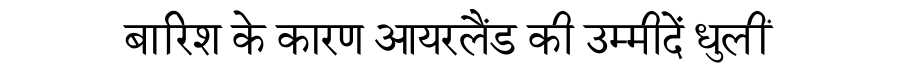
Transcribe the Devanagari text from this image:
बारिश के कारण आयरलैंड की उम्मीदें धुलीं